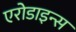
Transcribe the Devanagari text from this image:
एरोडाइन्स